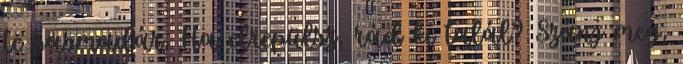
te sasmadár, Ha elrepülsz, rád ki talál? Szánj meg,